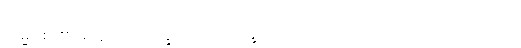
ကမ္မဝါစာ၏အတွင်း၌။ အက္ခရဿဝါ၊ အက္ခရာကိုသော်၎င်း။ ပဒဿဝါ၊ ပုဒ်ကိုသော်၎င်း။